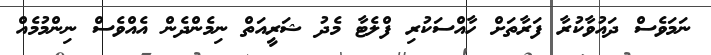
ނަމަވެސް ދައުވާކުރާ ފަރާތަށް ހާއްސަކުރި ފްލެޓާ މެދު ޝަރީއަތް ނިމެންދެން އެއްވެސް ނިންމުމެއް